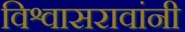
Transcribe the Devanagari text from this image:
विश्वासरावांनी